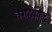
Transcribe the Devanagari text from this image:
वराहवेंकट